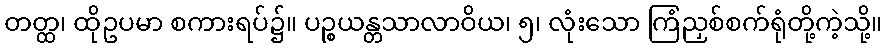
တတ္ထ၊ ထိုဥပမာ စကားရပ်၌။ ပဉ္စယန္တသာလာဝိယ၊ ၅၊ လုံးသော ကြံညှစ်စက်ရုံတို့ကဲ့သို့။